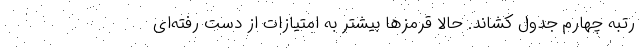
رتبه چهارم جدول کشاند. حالا قرمزها بیشتر به امتیازات از دست رفته‌ای